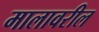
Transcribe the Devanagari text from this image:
मालावरील